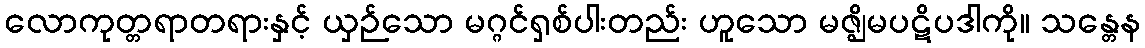
လောကုတ္တရာတရားနှင့် ယှဉ်သော မဂ္ဂင်ရှစ်ပါးတည်း ဟူသော မဇ္ဈိမပဋိပဒါကို။ သန္တေန